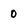
Character: 0